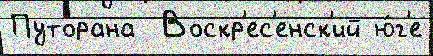
Путорана  Воскр'ес'енск'ий ю́г'е